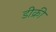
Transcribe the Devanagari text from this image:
डीक्री